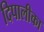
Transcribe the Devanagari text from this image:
दिपालीका